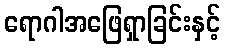
ရောဂါအဖြေရှာခြင်းနှင့်